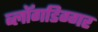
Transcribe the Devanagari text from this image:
ब्लॉगडिग्गर